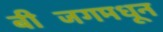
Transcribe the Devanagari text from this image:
बीजिंगमधून